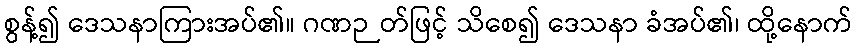
စွန့်၍ ဒေသနာကြားအပ်၏။ ဂဏဉတ်ဖြင့် သိစေ၍ ဒေသနာ ခံအပ်၏၊ ထို့နောက်